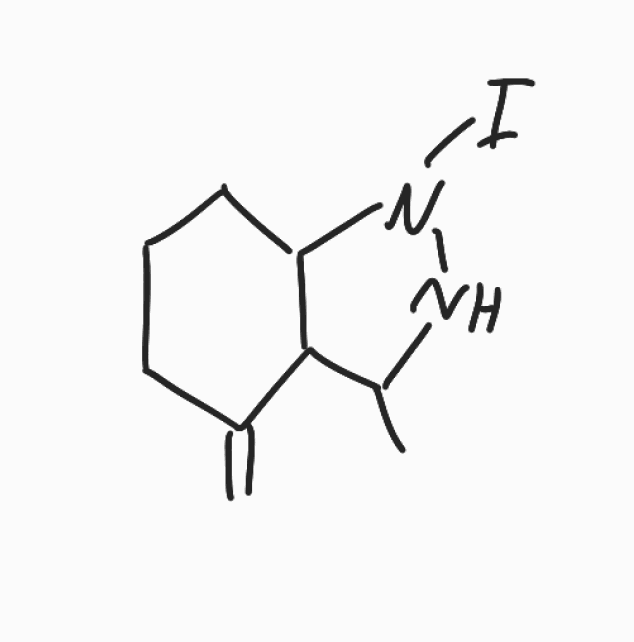
Simplified molecular-input line-entry system (SMILES) notation of the given molecule:
CC1C2C(CCCC2=C)N(N1)I